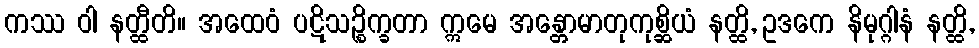
ကဿ ဝါ နတ္ထီတိ။ အထေဝံ ပဋိသဉ္စိက္ခတာ ဣမေ အန္တောမာတုကုစ္ဆိယံ နတ္ထိ, ဥဒကေ နိမုဂ္ဂါနံ နတ္ထိ,